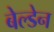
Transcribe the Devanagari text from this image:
बेल्डेन